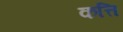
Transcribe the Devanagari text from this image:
कत्ति